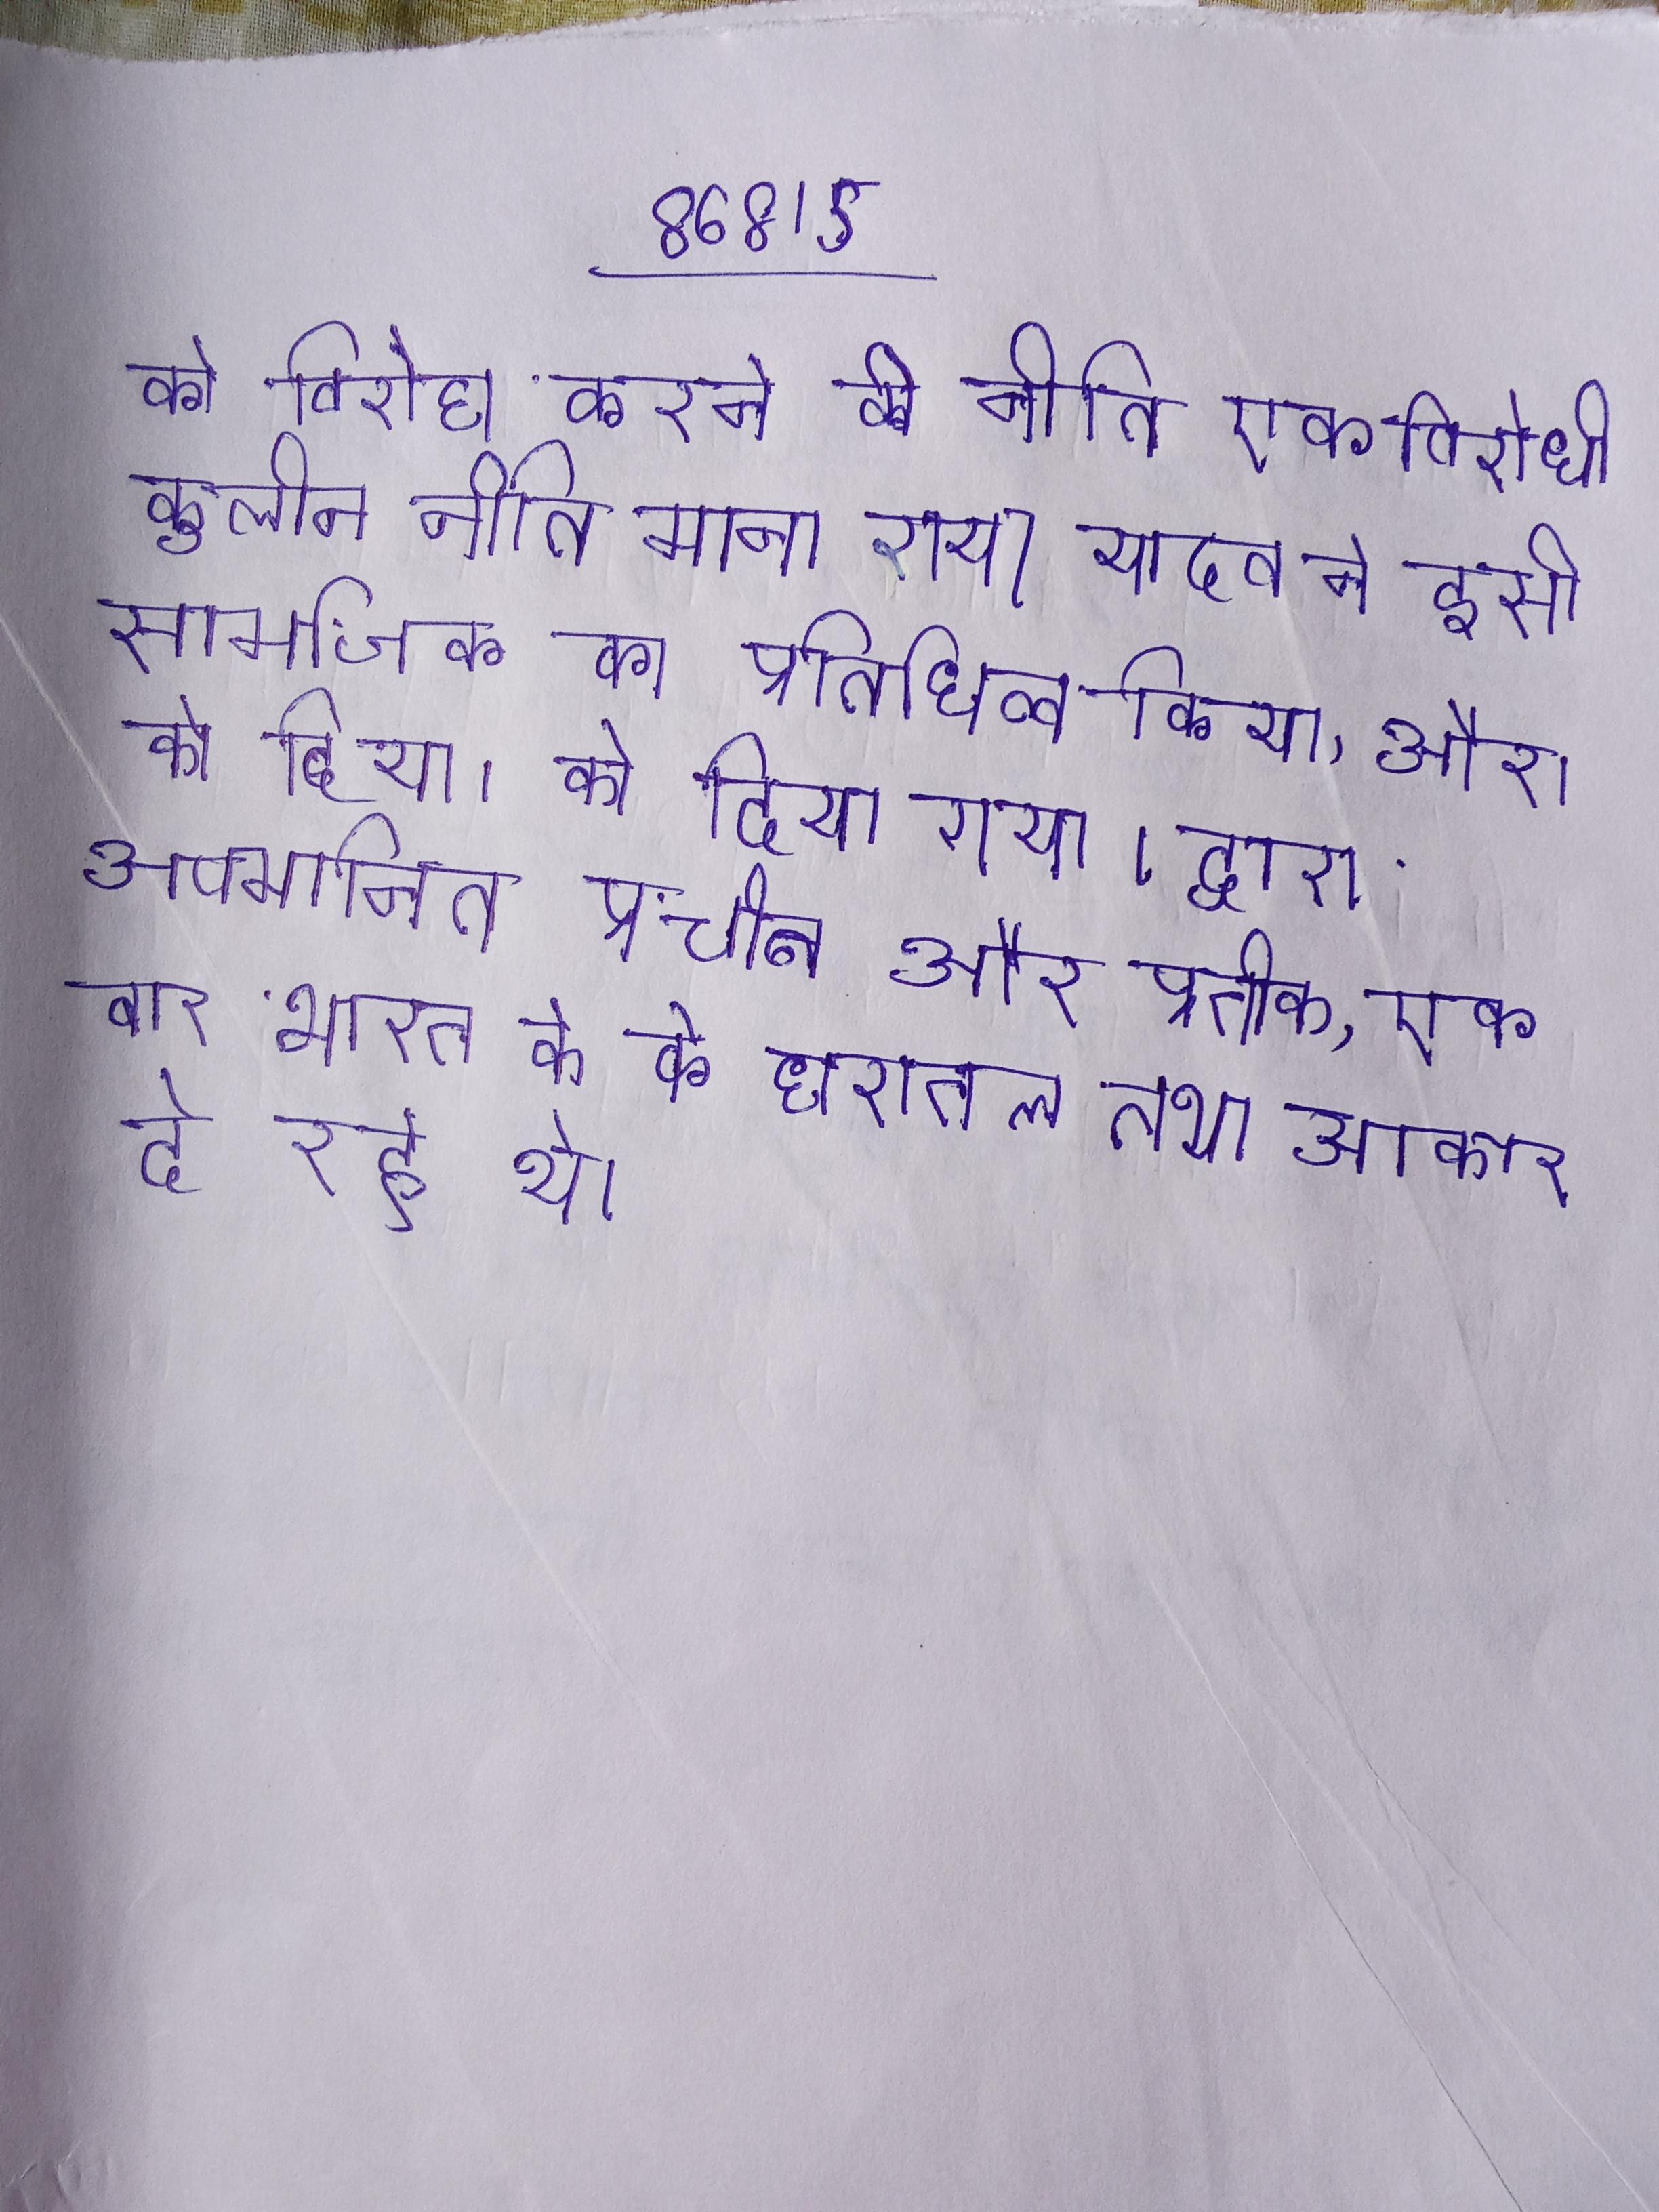
को विरोध करने की नीति एक विरोधी कुलीन नीति माना गया यादव ने इसी सामाजिक का प्रतिनिधित्व किया, और । को दिया । को दिया गया । द्वारा अपमानित प्राचीन और प्रतीक, एक बार भारत के को धरातल तथा आकार दे रहे थे ।